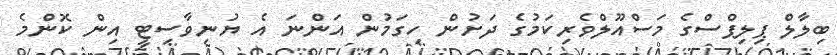
ބިލާލް ޕިލިޕްސްގެ މަސްއޫލްވެރިކަމުގެ ދަށުން ހިގަމުން އަންނަ އެ ޔުނިވާސިޓީ އިން ކޮންމެ